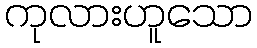
ကုလားဟူသော